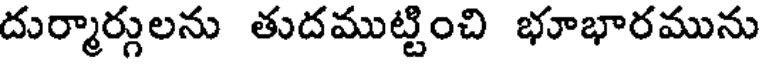
దుర్మార్గులను తుదముట్టించి భూభారమును